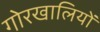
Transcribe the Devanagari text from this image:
गोरखालियों